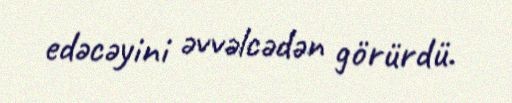
edəcəyini əvvəlcədən görürdü.